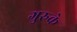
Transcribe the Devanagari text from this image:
गुरुके